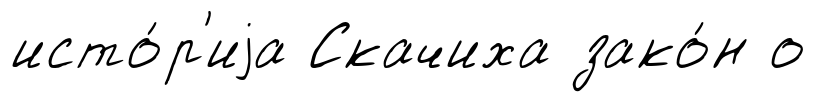
исто́р'иjа Скачиха зако́н о